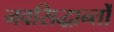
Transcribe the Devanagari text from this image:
नवसिद्धान्तों